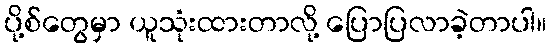
ပို့စ်တွေမှာ ယူသုံးထားတာလို့ ပြောပြလာခဲ့တာပါ။